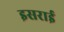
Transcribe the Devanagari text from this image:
इसराई